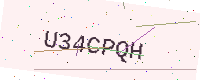
Text: U34CPQH